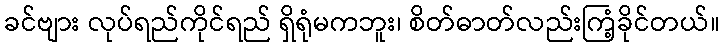
ခင်ဗျား လုပ်ရည်ကိုင်ရည် ရှိရုံမကဘူး၊ စိတ်ဓာတ်လည်းကြံ့ခိုင်တယ်။